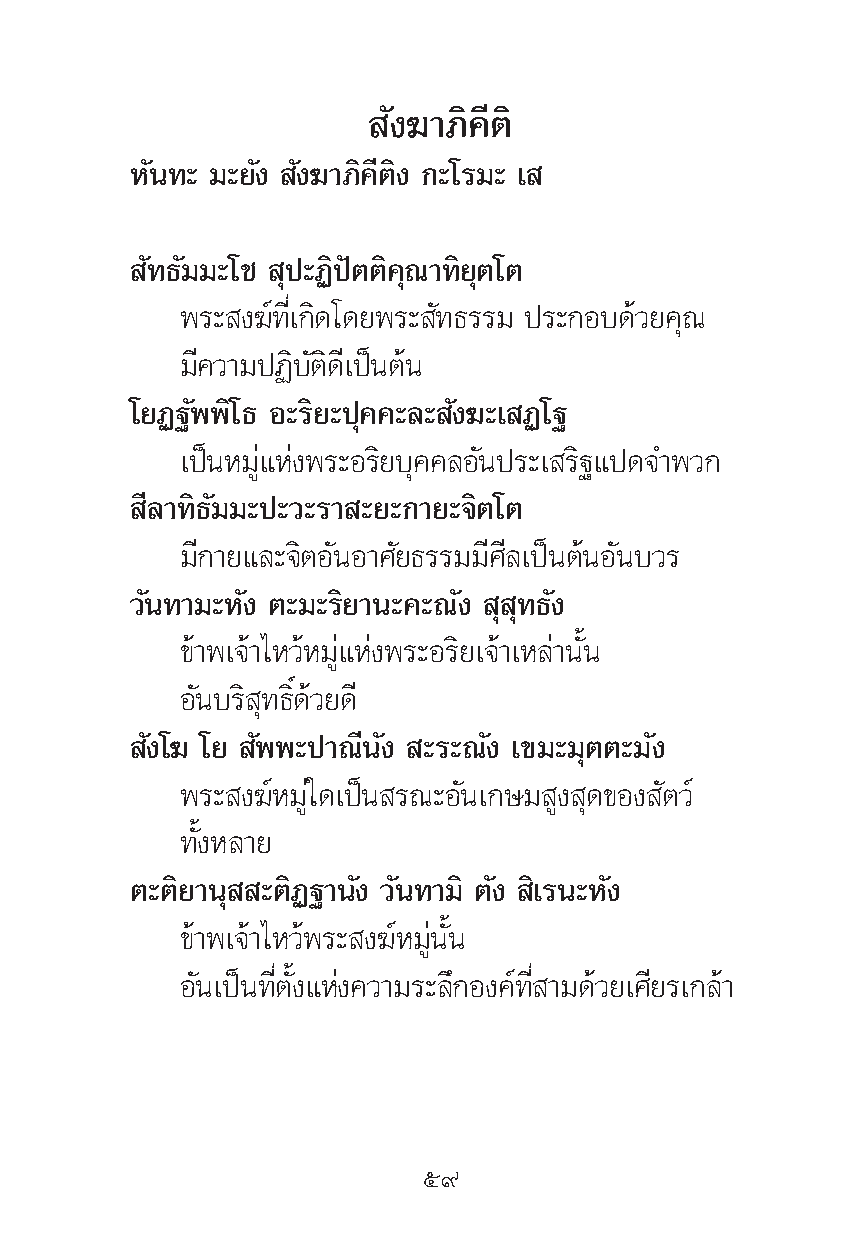
—ß¶“¿‘§’μ‘
 À—π∑– ¡–¬—ß —ß¶“¿‘§’μ‘ß °–‚√¡– ‡
 —∑∏—¡¡–‚™ ÿª–Ø‘ªíμμ‘§ÿ≥“∑‘¬ÿμ‚μ
 æ√– ß¶å∑’Ë‡°‘¥‚¥¬æ√– —∑∏√√¡ ª√–°Õ∫¥â«¬§ÿ≥
 ¡’§«“¡ªØ‘∫—μ‘¥’‡ªìπμâπ
 ‚¬Ø∞—ææ‘‚∏ Õ–√‘¬–ªÿ§§–≈– —ß¶–‡ Ø‚∞
 ‡ªìπÀ¡Ÿà·Ààßæ√–Õ√‘¬∫ÿ§§≈Õ—πª√–‡ √‘∞·ª¥®”æ«°
 ’≈“∑‘∏—¡¡–ª–«–√“ –¬–°“¬–®‘μ‚μ
 ¡’°“¬·≈–®‘μÕ—πÕ“»—¬∏√√¡¡’»’≈‡ªìπμâπÕ—π∫«√
 «—π∑“¡–À—ß μ–¡–√‘¬“π–§–≥—ß ÿ ÿ∑∏—ß
 ¢â“æ‡®â“‰À«âÀ¡Ÿà·Ààßæ√–Õ√‘¬‡®â“‡À≈à“π—Èπ
 Õ—π∫√‘ ÿ∑∏‘Ï¥â«¬¥’
 —ß‚¶ ‚¬ —ææ–ª“≥’π—ß –√–≥—ß ‡¢¡–¡ÿμμ–¡—ß
 æ√– ß¶åÀ¡Ÿà„¥‡ªìπ √≥–Õ—π‡°…¡ Ÿß ÿ¥¢Õß —μ«å
 ∑—ÈßÀ≈“¬
 μ–μ‘¬“πÿ –μ‘Ø∞“π—ß «—π∑“¡‘ μ—ß ‘‡√π–À—ß
 ¢â“æ‡®â“‰À«âæ√– ß¶åÀ¡Ÿàπ—Èπ
 Õ—π‡ªìπ∑’Ëμ—Èß·Ààß§«“¡√–≈÷°Õß§å∑’Ë “¡¥â«¬‡»’¬√‡°≈â“
 ı˘